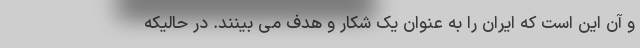
و آن این است که ایران را به عنوان یک شکار و هدف می بینند. در حالیکه